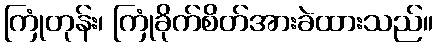
ကြုံတုန်း၊ ကြုံခိုက်စိတ်အားခဲထားသည်။